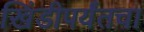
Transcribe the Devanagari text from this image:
खिंडीपर्यंतचा